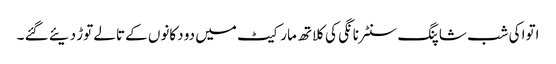
اتوا کی شب شاپنگ سنٹر نانگی کی کلاتھ مارکیٹ میں دو دکانوں کے تالے توڑ دیئے گئے ۔